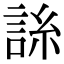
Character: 𧧈